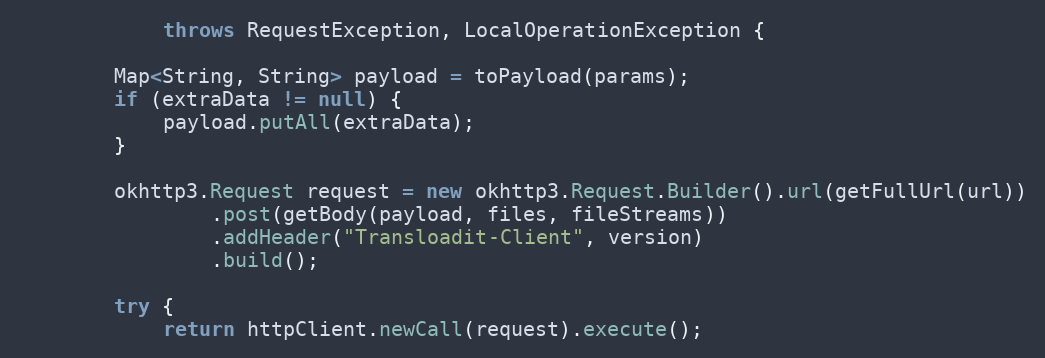
Language: Java
            throws RequestException, LocalOperationException {

        Map<String, String> payload = toPayload(params);
        if (extraData != null) {
            payload.putAll(extraData);
        }

        okhttp3.Request request = new okhttp3.Request.Builder().url(getFullUrl(url))
                .post(getBody(payload, files, fileStreams))
                .addHeader("Transloadit-Client", version)
                .build();

        try {
            return httpClient.newCall(request).execute();